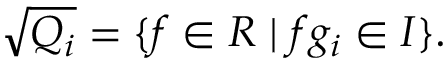
{ \sqrt { Q _ { i } } } = \{ f \in R \mid f g _ { i } \in I \} .